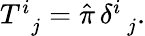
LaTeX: \begin{array}{r}{T_{\, \, \, j}^{i}=\hat{\pi}\, \delta_{\, \, \, j}^{i}.}\end{array}